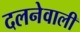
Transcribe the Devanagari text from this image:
दलनेवाली